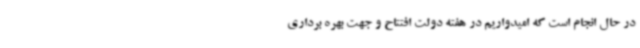
در حال انجام است که امیدواریم در هفته دولت افتتاح و جهت بهره برداری